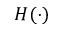
H ( \cdot )